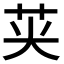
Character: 𮎦